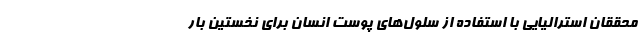
محققان استرالیایی با استفاده از سلول‌های پوست انسان برای نخستین بار